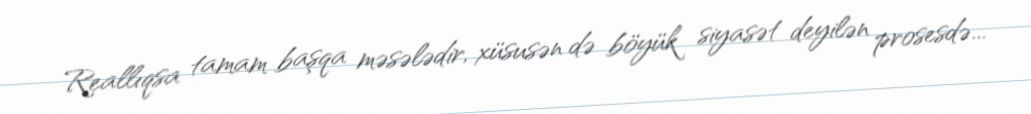
Reallıqsa tamam başqa məsələdir, xüsusən də böyük siyasət deyilən prosesdə...